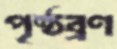
পৃষ্ঠব্রণ